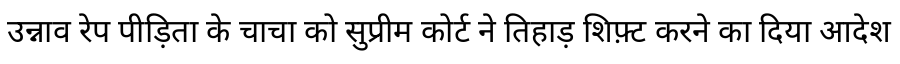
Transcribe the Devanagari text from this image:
उन्नाव रेप पीड़िता के चाचा को सुप्रीम कोर्ट ने तिहाड़ शिफ़्ट करने का दिया आदेश